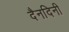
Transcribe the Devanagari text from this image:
दैनदिनी